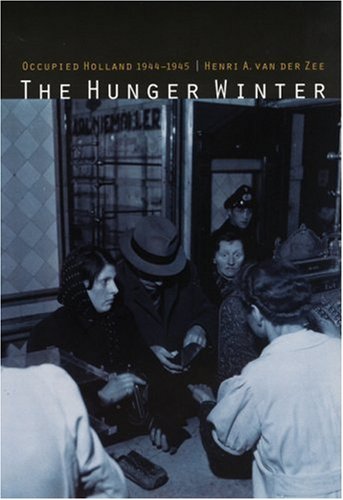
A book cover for The Hunger Winter: Occupied Holland 1944-1945; Henri A. van der Zee; History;